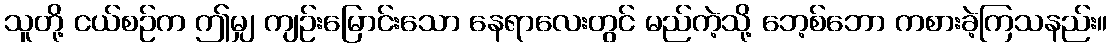
သူတို့ ငယ်စဉ်က ဤမျှ ကျဉ်းမြောင်းသော နေရာလေးတွင် မည်ကဲ့သို့ ဘေ့စ်ဘော ကစားခဲ့ကြသနည်း။